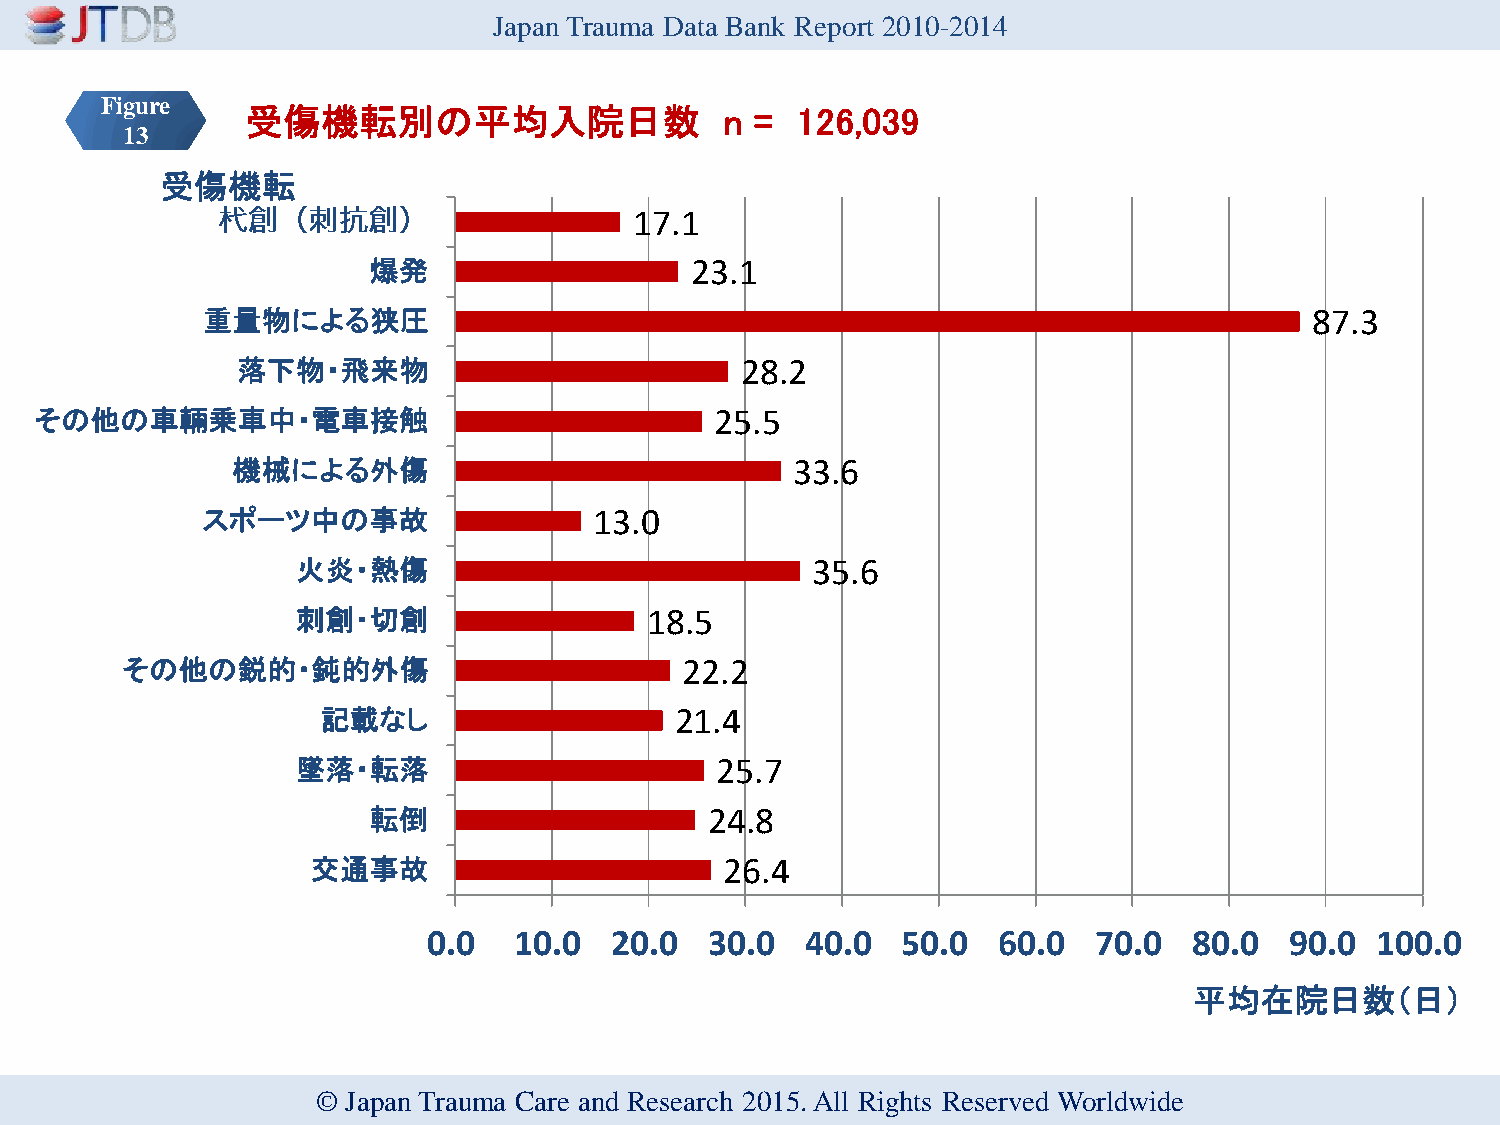
Japan Trauma Data Bank Report 2010-2014
 Figure
 受傷機転別の平均入院日数                    n =  126,039
 13
 受傷機転
 17.1
 爆発                    23.1
 重量物による狭圧                                                                  87.3
 落下物・飛来物                          28.2
 その他の車輛乗車中・電車接触                               25.5
 機械による外傷                              33.6
 スポーツ中の事故                  13.0
 火炎・熱傷                             35.6
 刺創・切創                  18.5
 その他の鋭的・鈍的外傷                          22.2
 記載なし                    21.4
 墜落・転落                      25.7
 転倒                     24.8
 交通事故                       26.4
 0.0   10.0  20.0   30.0  40.0   50.0  60.0  70.0   80.0  90.0  100.0
 平均在院日数（日）
 © Japan Trauma Care and Research 2015. All Rights Reserved Worldwide